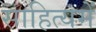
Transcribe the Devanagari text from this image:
साहित्यमें